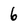
Character: 6